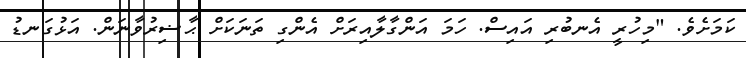
ކަމަށެވެ. "މިހުރީ އެނބުރި އައިސް. ހަމަ އަންގާލާއިރަށް އެންގި ތަނަކަށް ޙާޟިރުވާނަން. އަޅުގަނޑު